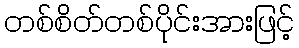
တစ်စိတ်တစ်ပိုင်းအားဖြင့်